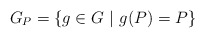
\begin{align*}G_P=\{g\in G\ |\ g(P)=P\}\end{align*}